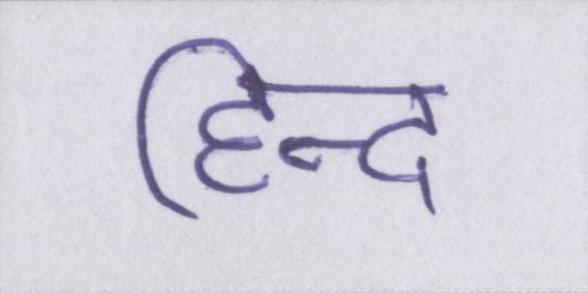
हिन्द